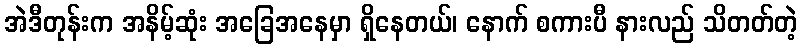
အဲဒီတုန်းက အနိမ့်ဆုံး အခြေအနေမှာ ရှိနေတယ်၊ နောက် စကားပီ နားလည် သိတတ်တဲ့